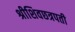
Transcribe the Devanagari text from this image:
श्रीशिवछत्रपती